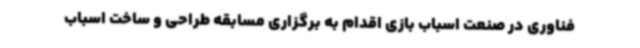
فناوری در صنعت اسباب بازی اقدام به برگزاری مسابقه طراحی و ساخت اسباب